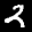
Label: 2